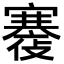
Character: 𡫪